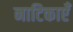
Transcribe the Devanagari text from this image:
नाटिकाएँ